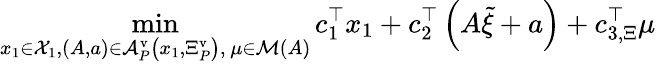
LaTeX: \operatorname*{min}_{\substack{{x}_{1}\in{\mathcal X}_{1},\left(A,{a}\right)\in{\mathcal A}_{P}^{\mathrm{v}}\left({x}_{1},{\Xi}_{P}^{\mathrm{v}}\right),\, {\mu}\in{\mathcal M}\left(A\right)}}{c}_{1}^{\top}{x}_{1}+{c}_{2}^{\top}\left(A\tilde{\xi}+{a}\right)+{c}_{3,\Xi}^{\top}{\mu}